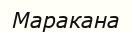
Маракана